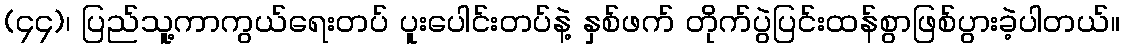
(၄၄)၊ ပြည်သူ့ကာကွယ်ရေးတပ် ပူးပေါင်းတပ်နဲ့ နှစ်ဖက် တိုက်ပွဲပြင်းထန်စွာဖြစ်ပွားခဲ့ပါတယ်။